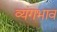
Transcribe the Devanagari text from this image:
व्यंगभाव